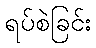
ရပ်စဲခြင်း